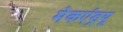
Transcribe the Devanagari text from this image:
मेकएंड्रयू